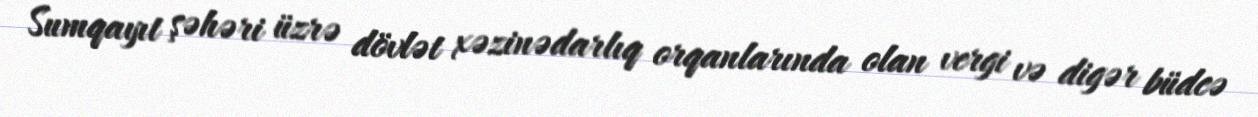
Sumqayıt şəhəri üzrə dövlət xəzinədarlıq orqanlarında olan vergi və digər büdcə